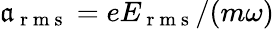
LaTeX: \mathfrak{a}_{\mathrm{{~r~m~s~}}}=eE_{\mathrm{{~r~m~s~}}}/(m\omega)